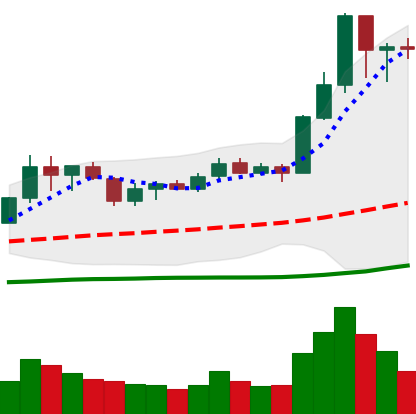
Ticker: LINK-USD
Chart end date: 2020-07-11
Forward return: 36.244%
Label: up_7plus